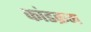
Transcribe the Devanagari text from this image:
कांडक्रम